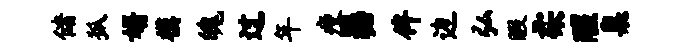
储狐婿模魄过年瘦瑟侔边弘暇柔醒臬